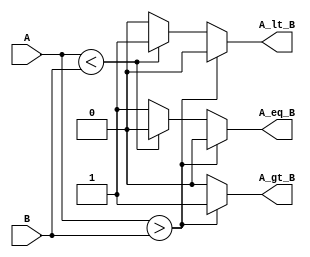
module ParameterizedComparator #(
    parameter WIDTH = 8  // Default width of input signals A and B
)(
    input  [WIDTH-1:0] A,  // Input A
    input  [WIDTH-1:0] B,  // Input B
    output reg A_gt_B,      // Output signal indicating A > B
    output reg A_lt_B,      // Output signal indicating A < B
    output reg A_eq_B       // Output signal indicating A == B
);

    // Behavioral description for comparison
    always @* begin
        // Initialize output signals
        A_gt_B = 0;
        A_lt_B = 0;
        A_eq_B = 0;

        // Compare A and B
        if (A > B) begin
            A_gt_B = 1;
        end else if (A < B) begin
            A_lt_B = 1;
        end else begin
            A_eq_B = 1;
        end
    end

endmodule